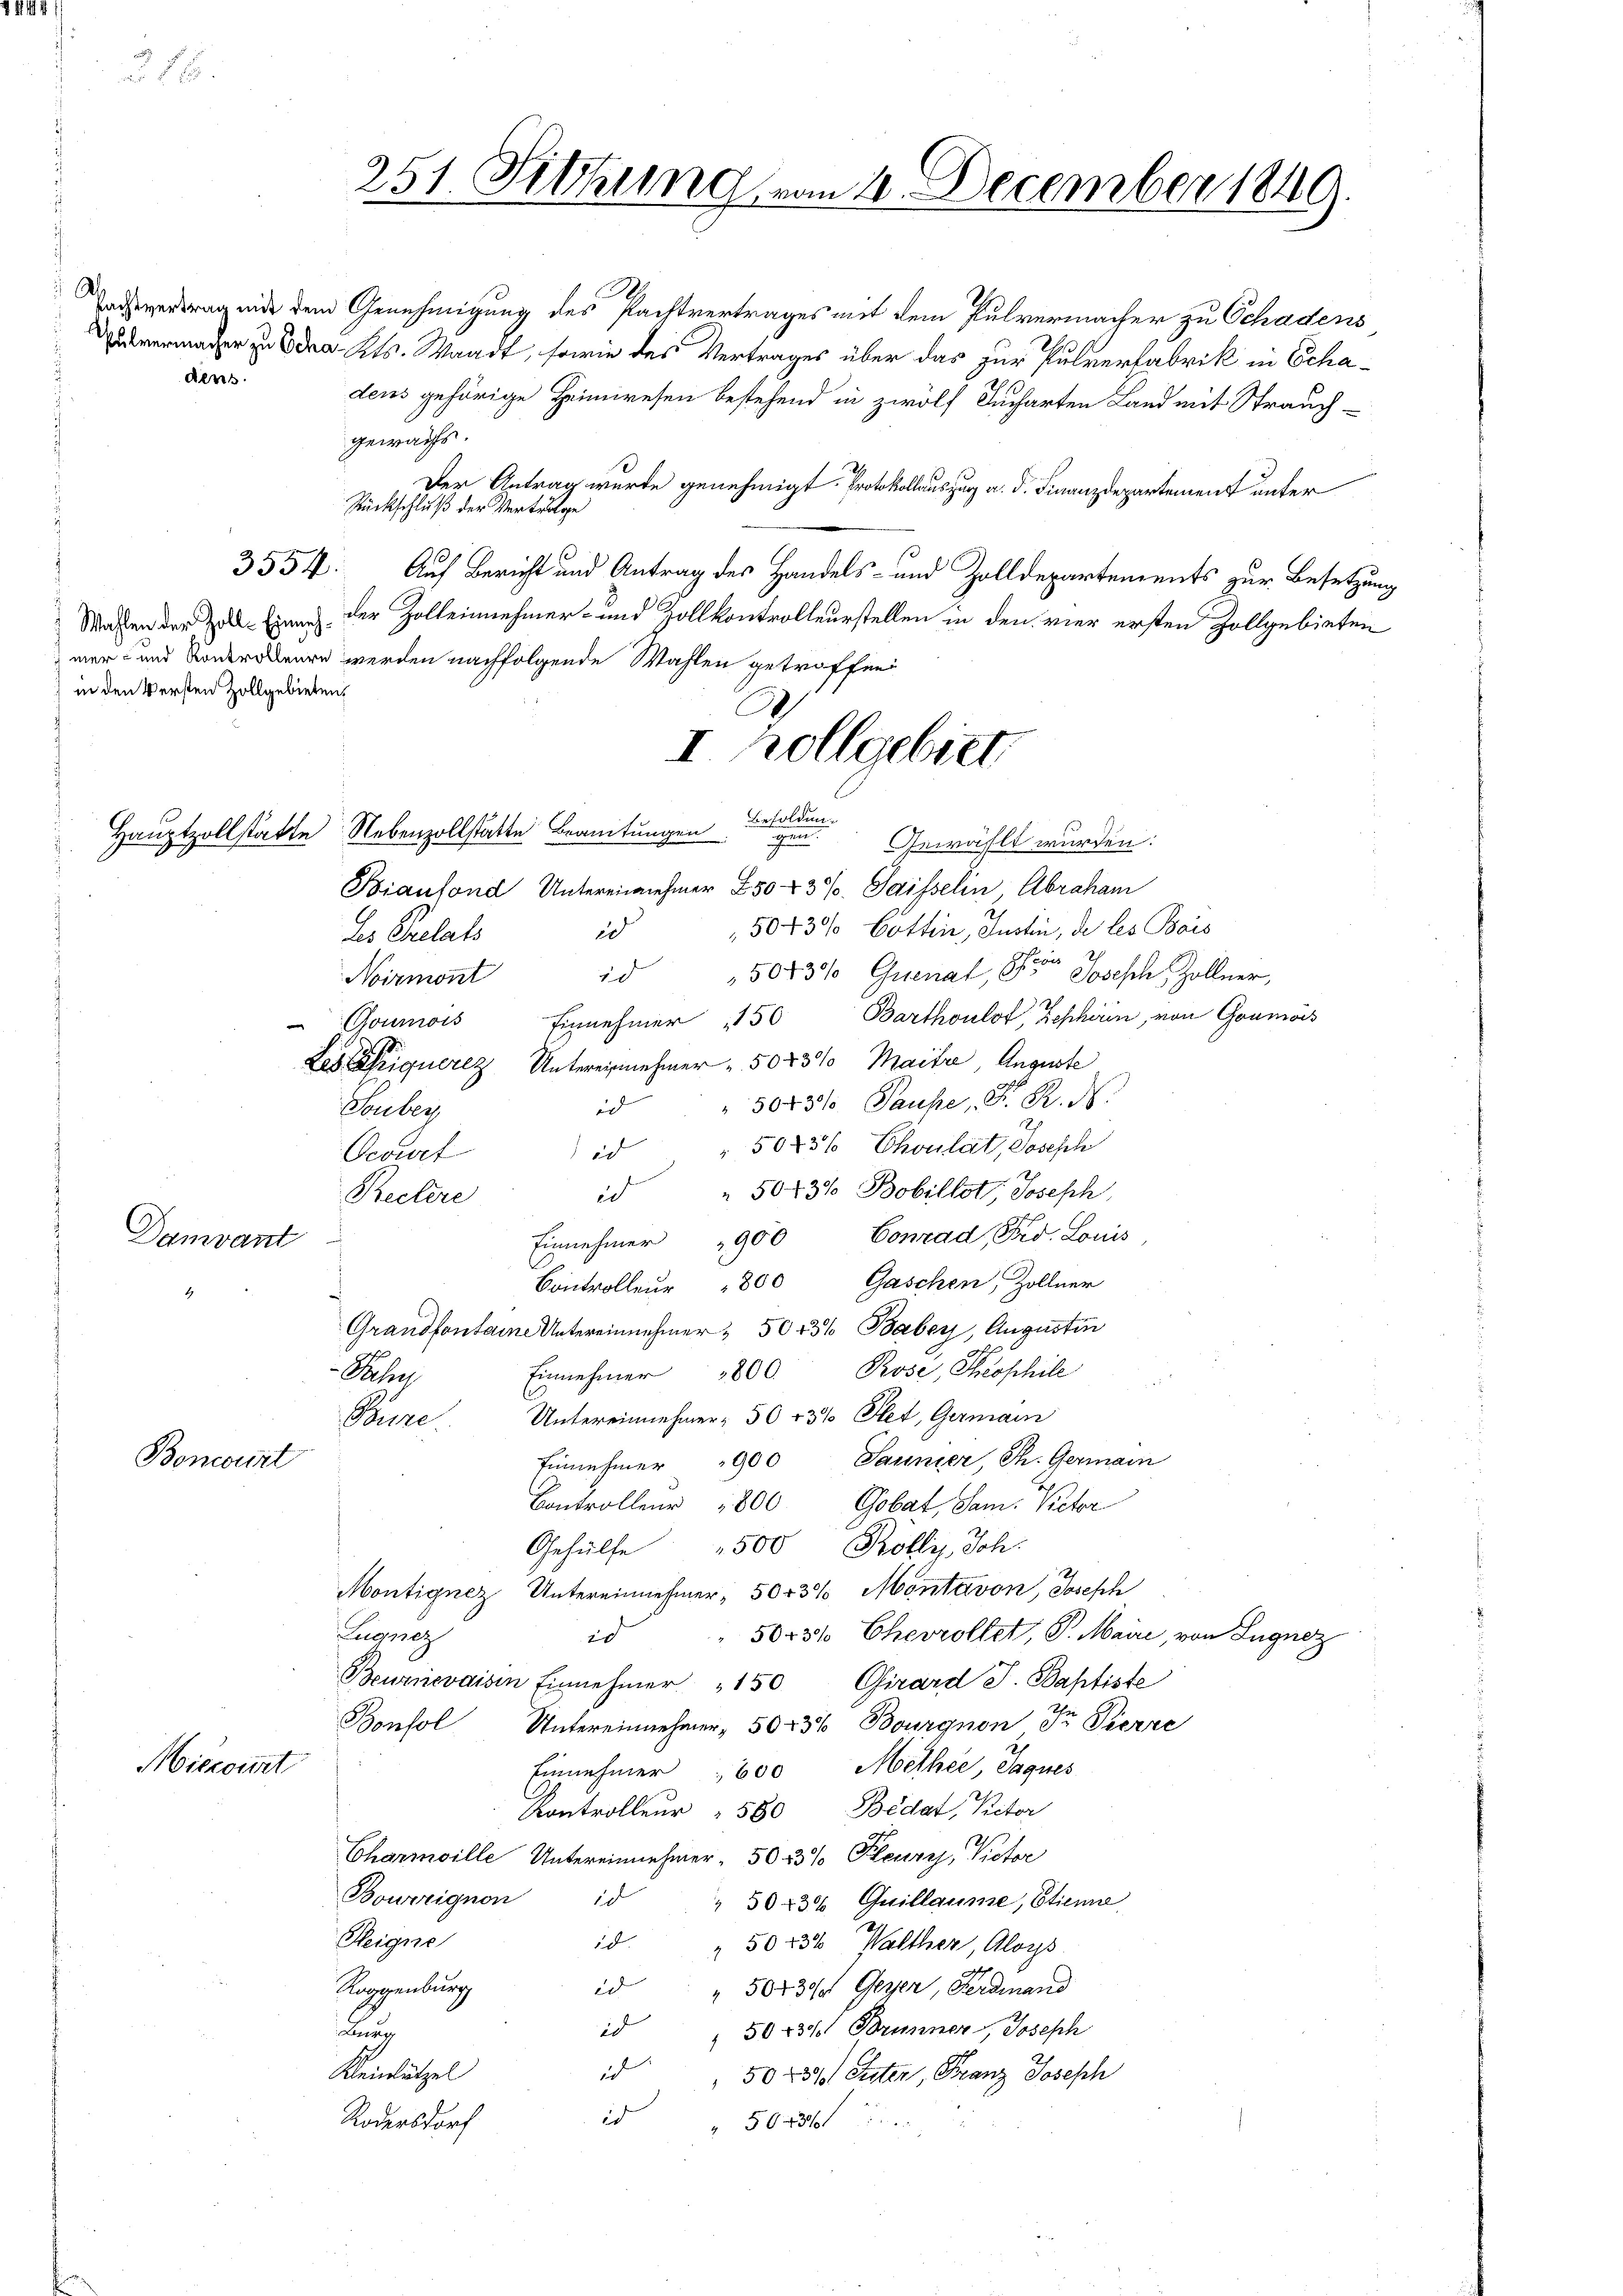
dens.

Wahlen der Zoll-Einneh¬
) in den Versten Zollgebieten.

3554:

Damvant

251. Sitzung von 11. December 1849.

Boncourt

Mieront

achvertrag eide dem Genehmigung des Pachtvertrages mit dem Pulvermacher zu Schadens
ez Kts. Waadt, sowie des Vertrages über das zur Pulverfabrik in Schadens gehörige Heimwesen bestehend in zwölf Jucharten Land mit Strauch-
gewarfs.
Der Antrag wurde genehmigt. Protokollauszug a. d. Finanzdepartement unter
Rückschluß der Vertrolge
Auf Bericht und Antrag des Handels- und Zolldepartements zur Besetzung
der Zolleinehmer- und Zollkontrolleurstellen in den vier ersten Zollgebieten
mer- und Sonderobeere werden nachfolgende Wahlen getroffen
Hauptzollstatte Nebenzollstatte Beamtungen
u
Gewählt wurden.
Biaufond Untereinnehmer 250 43%. Saisselin Abraham
50430 Cottin, Justin, de les Beis
ed
des Chrelats
5043% Quenat, der Joseph Zollner,
2d
Goumois Einnehmer 150 Barthoulot, Zephören, von Goumois
Les liquere Untereinnehmer " 5043% Maitre, Auguste
5043% Pauhe, Dr. R. N.
id
Souber
5045% Choulat, Joseph
id
Oesuet
5043% Bobillot, Joseph,
ed
Einnehmer 1900 Conrad Fro. Louis
Controlleŭr " 800 Gaschen, Zollner
Grandfontaine Untereinnehmer, 5073% Baber, Augustin
Einnehmer 1800. Rose, Theophile
Schre
Untereinnehmer, 50 r 3% Plet, Germain
Caere
Einnehmer 1900 Saunier, St. Germain
Controlleur 800 Gobat, Sam. Victor
Gehülfe 500 Rolly, Joh.
Montignez, Untereinnehmer, 5043% Montavon, Joseph
Zugnez
503% Chevrollet, S. Maire, von Zugnez
20
Beuznevaisin Einnehmer 150 Girard J. Baptiste
Bonsol Untereinnehmer, 5023% Bourgnon Fr. Pierre
Einnehmer " 600 Methée, Jaques
Kontrolleur " 580 Bedat, Rector
Charmille Untereinnehmer - 50. 23 % Pleury, Victor
Bowwignon id
 50 f 30 Guillaume, Etienne
Heigne
id
5023% Walther, Aloys
Roggenburg
id " 50430/ Geyer, Ferdinand
id
5073% Brunner, Joseph
ra
Kleinlützel
ud
 50 f 51 Suter, Franz Joseph
id
Rodersdorf
" 563

Noirmont

Rectere

I hollgebiet.

Besoldung

g